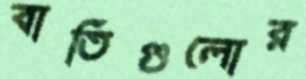
বাতিগুলোর